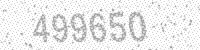
Solution: 499650